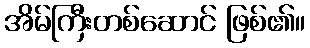
အိမ်ကြီးတစ်ဆောင် ဖြစ်၏။